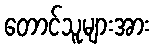
တောင်သူများအား